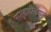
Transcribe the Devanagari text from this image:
समुद्रादरम्यान